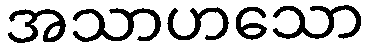
အသာဟသော